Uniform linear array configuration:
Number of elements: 4
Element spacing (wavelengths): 0.75
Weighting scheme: exponential
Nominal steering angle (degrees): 45
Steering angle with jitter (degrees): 43.35
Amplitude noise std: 0.05
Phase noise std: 0.05

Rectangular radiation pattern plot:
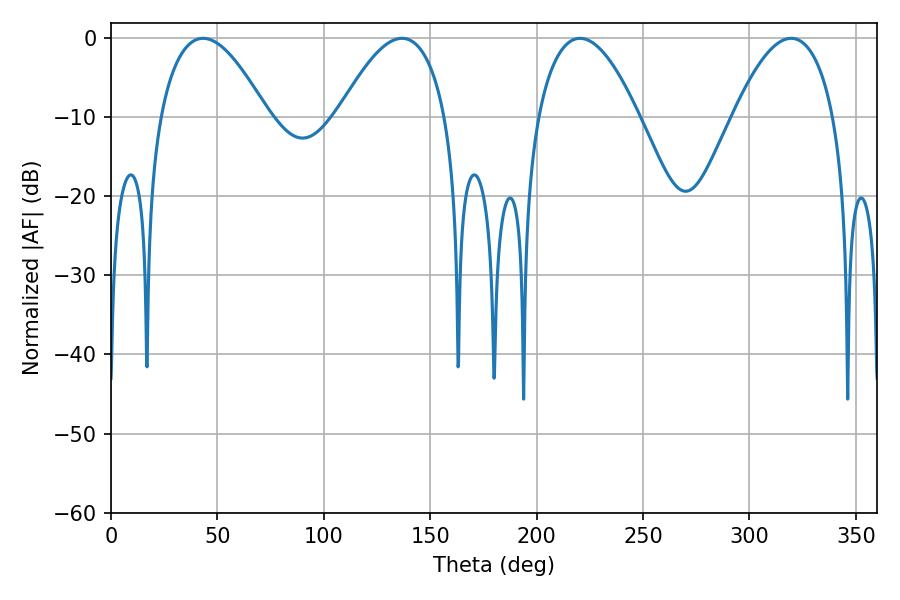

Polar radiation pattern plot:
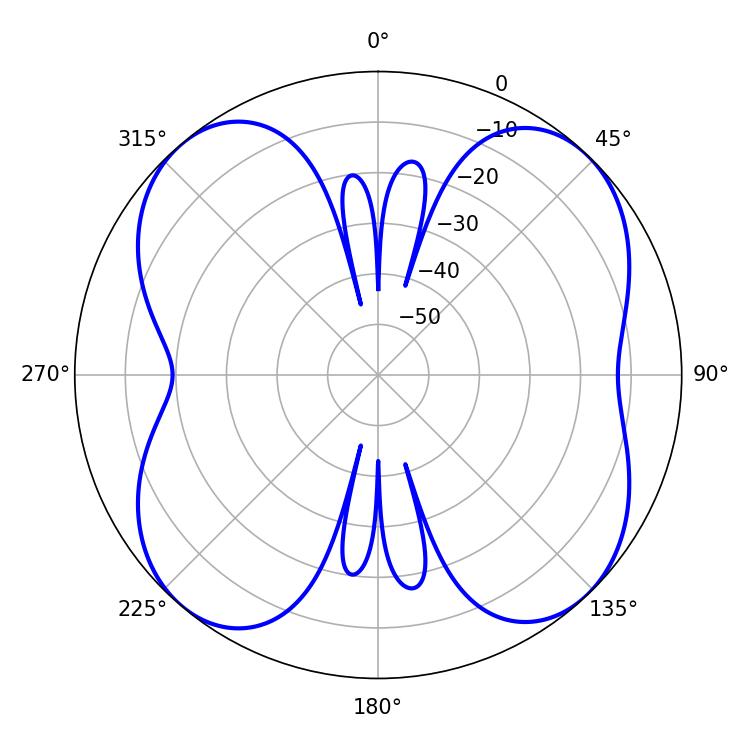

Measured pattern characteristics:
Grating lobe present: TRUE
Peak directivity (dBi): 12.976
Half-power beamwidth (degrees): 27.72
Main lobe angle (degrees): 43.2